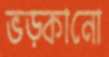
ভড়্‌কানো